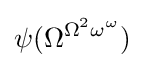
\psi (\Omega ^{\Omega ^{2}\omega ^{\omega }})